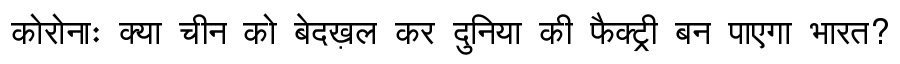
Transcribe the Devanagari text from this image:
कोरोनाः क्या चीन को बेदख़ल कर दुनिया की फैक्ट्री बन पाएगा भारत?